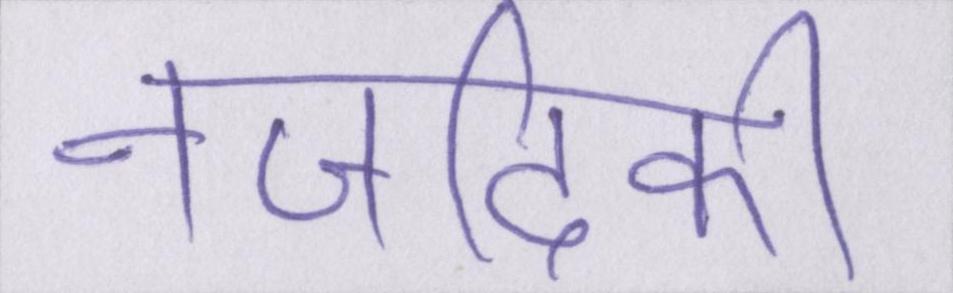
नजदीकी